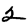
Digit: 2